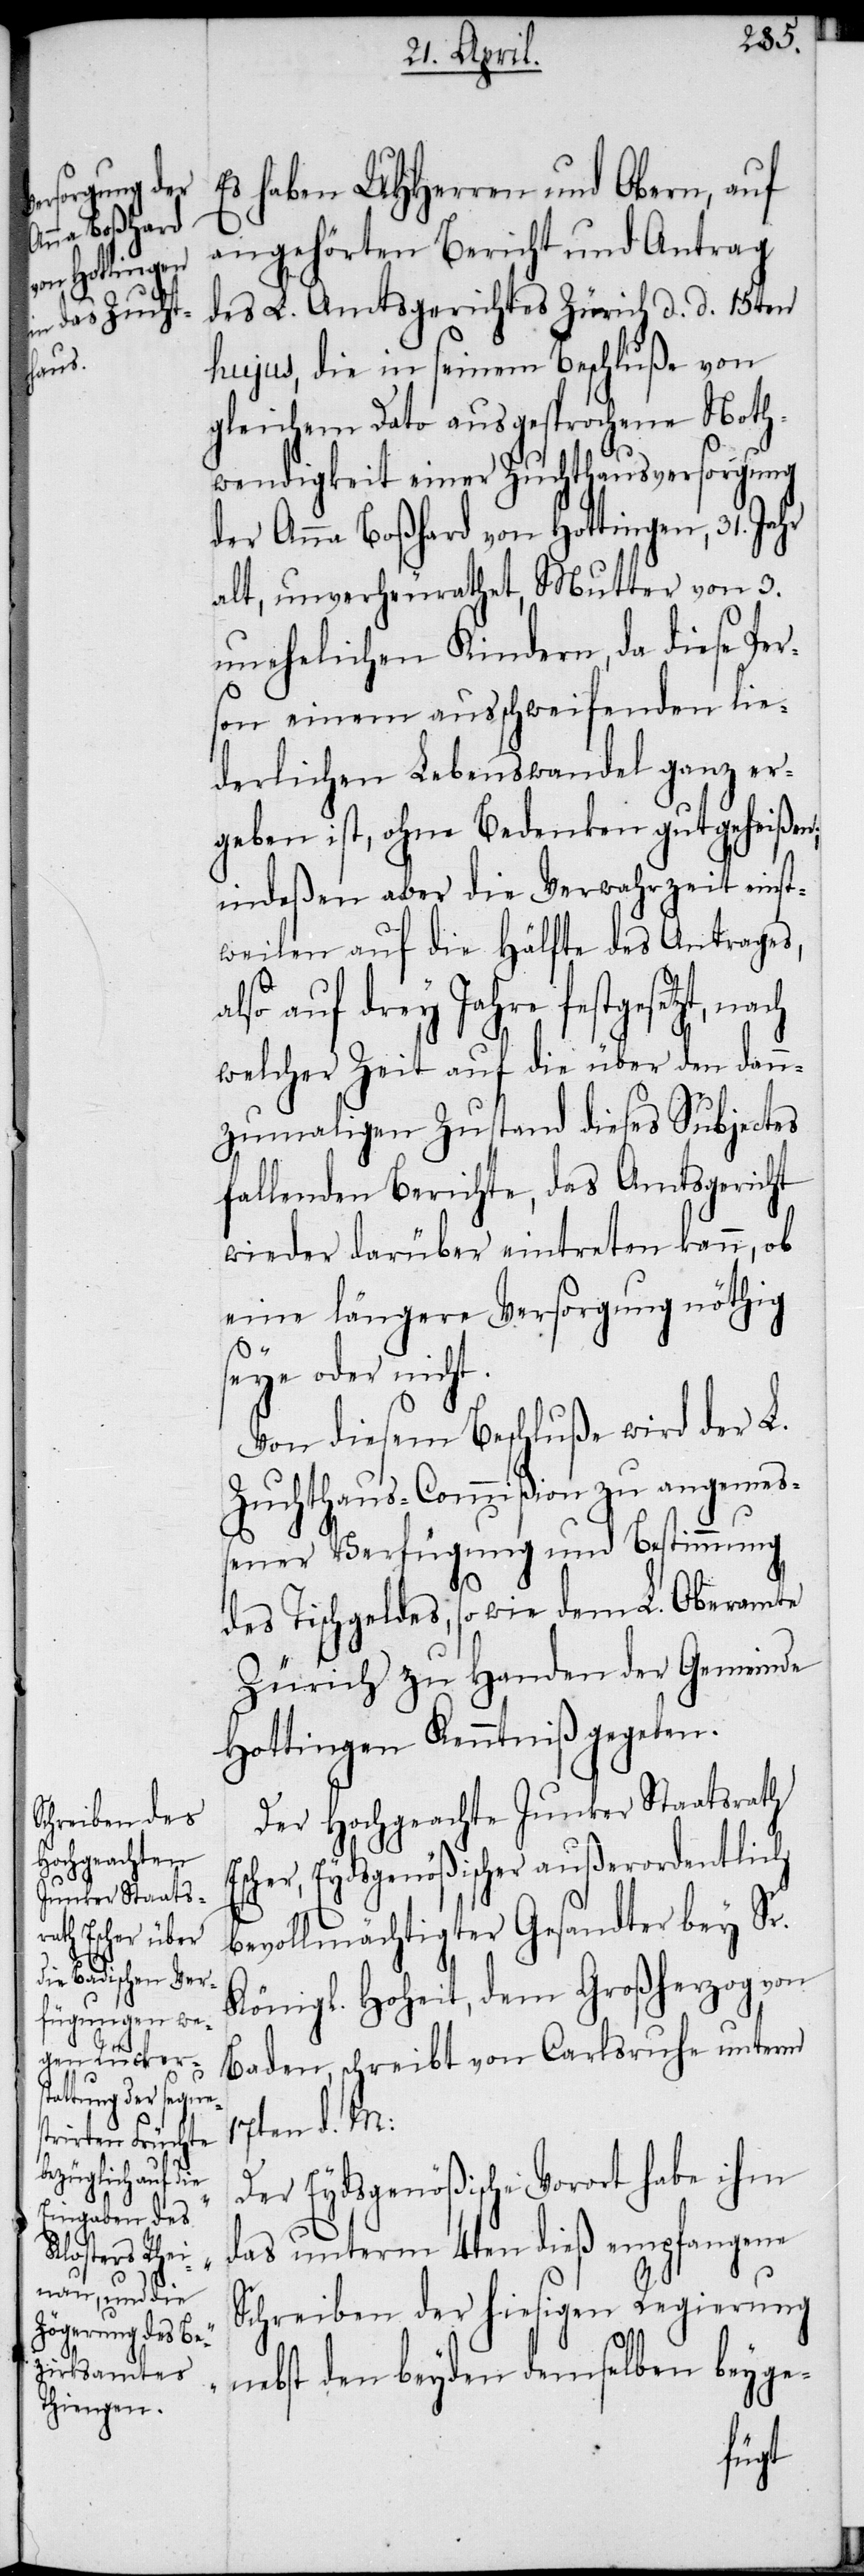
Es haben UHHerren und Obern, auf
angehörten Bericht und Antrag
des L. Amtsgerichtes Zürich d. d. 15ten
hujus, die in seinem Beschluße von
gleichem Dato ausgesprochene Noth¬
wendigkeit einer Zuchthausversorgung
der Anna Boßhard von Hottingen, 31. Jahr
alt, unverheurathet, Mutter von 3.
unehelichen Kindern, da diese Per¬
son einem ausschweifenden lie¬
derlichen Lebenswandel ganz er¬
geben ist, ohne Bedenken gutgeheißen;
indeßen aber die Verwahrzeit einst¬
weilen auf die Hälfte des Antrages,
lso auf drey Jahre festgesetzt,
welcher Zeit auf die über den dann¬
zumaligen Zustand dieses Subjectes
fallenden Berichte, das Amtsgericht
wieder darüber eintreten kann, ob
eine längere Versorgung nöthig
seye oder nicht.
Von diesem Beschluße wird der L.
Zuchthaus-Commißion zu angemeß¬
ener Verfügung und Bestimmung
Esc¬
des Tischgeldes, so wie dem L. Oberamte
Zürich zu Handen der Gemeinde
Hottingen Kenntniß gegeben.
Der Hochgeachte Junker Staatsrath
her, Eydsgenößischer außerordentlich
bevollmächtigter Gesandter bey Sr.
Königl. Hoheit, dem Großherzogen
Baden, schreibt von Carlsruhe unterm
17ten d. M:
Eydsgenößische Vorort habe ihm
das unterm 4ten dieß empfangene
Schreiben der hiesigen Regierung
nebst den beyden demselben beyge-